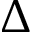
\Delta